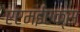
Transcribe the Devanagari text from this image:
एएमईएक्स